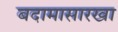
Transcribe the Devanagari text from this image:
बदामासारखा